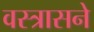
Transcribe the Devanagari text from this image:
वस्त्रासने